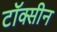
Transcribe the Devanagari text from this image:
टॉक्सीन